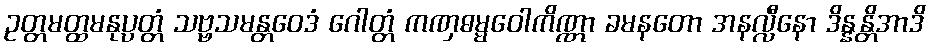
ဥတ္တမတ္ထမနုပ္ပတ္တံ သဗ္ဗသမန္တဝေဒံ ဂေါတ္တံ ကဏှဓမ္မဝေါကိဏ္ဏာ ခမနတော အနလ္လီနော ဒိန္နန္တိအာဒိ